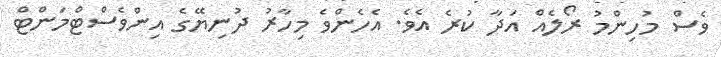
ވެސް މުހިންމު ރޯލެއް އަދާ ކުރެ އެވެ. އެހެންވެ މިހާރު ދުނިޔޭގެ އިންވެސްޓްމަންޓް